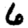
Digit: 6